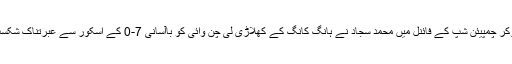
کرغیزستان میں کھیلے گئے ایشین اسنوکر چمپیئن شپ کے فائنل میں محمد سجاد نے ہانگ کانگ کے کھلاڑی لی چن وائی کو باآسانی 7-0 کے اسکور سے عبرتناک شکست دے کر جیت پاکستان کے نام کردی۔